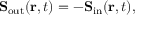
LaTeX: \mathbf { S } _ { \mathrm { o u t } } ( \mathbf { r } , t ) = - \mathbf { S } _ { \mathrm { i n } } ( \mathbf { r } , t ) ,